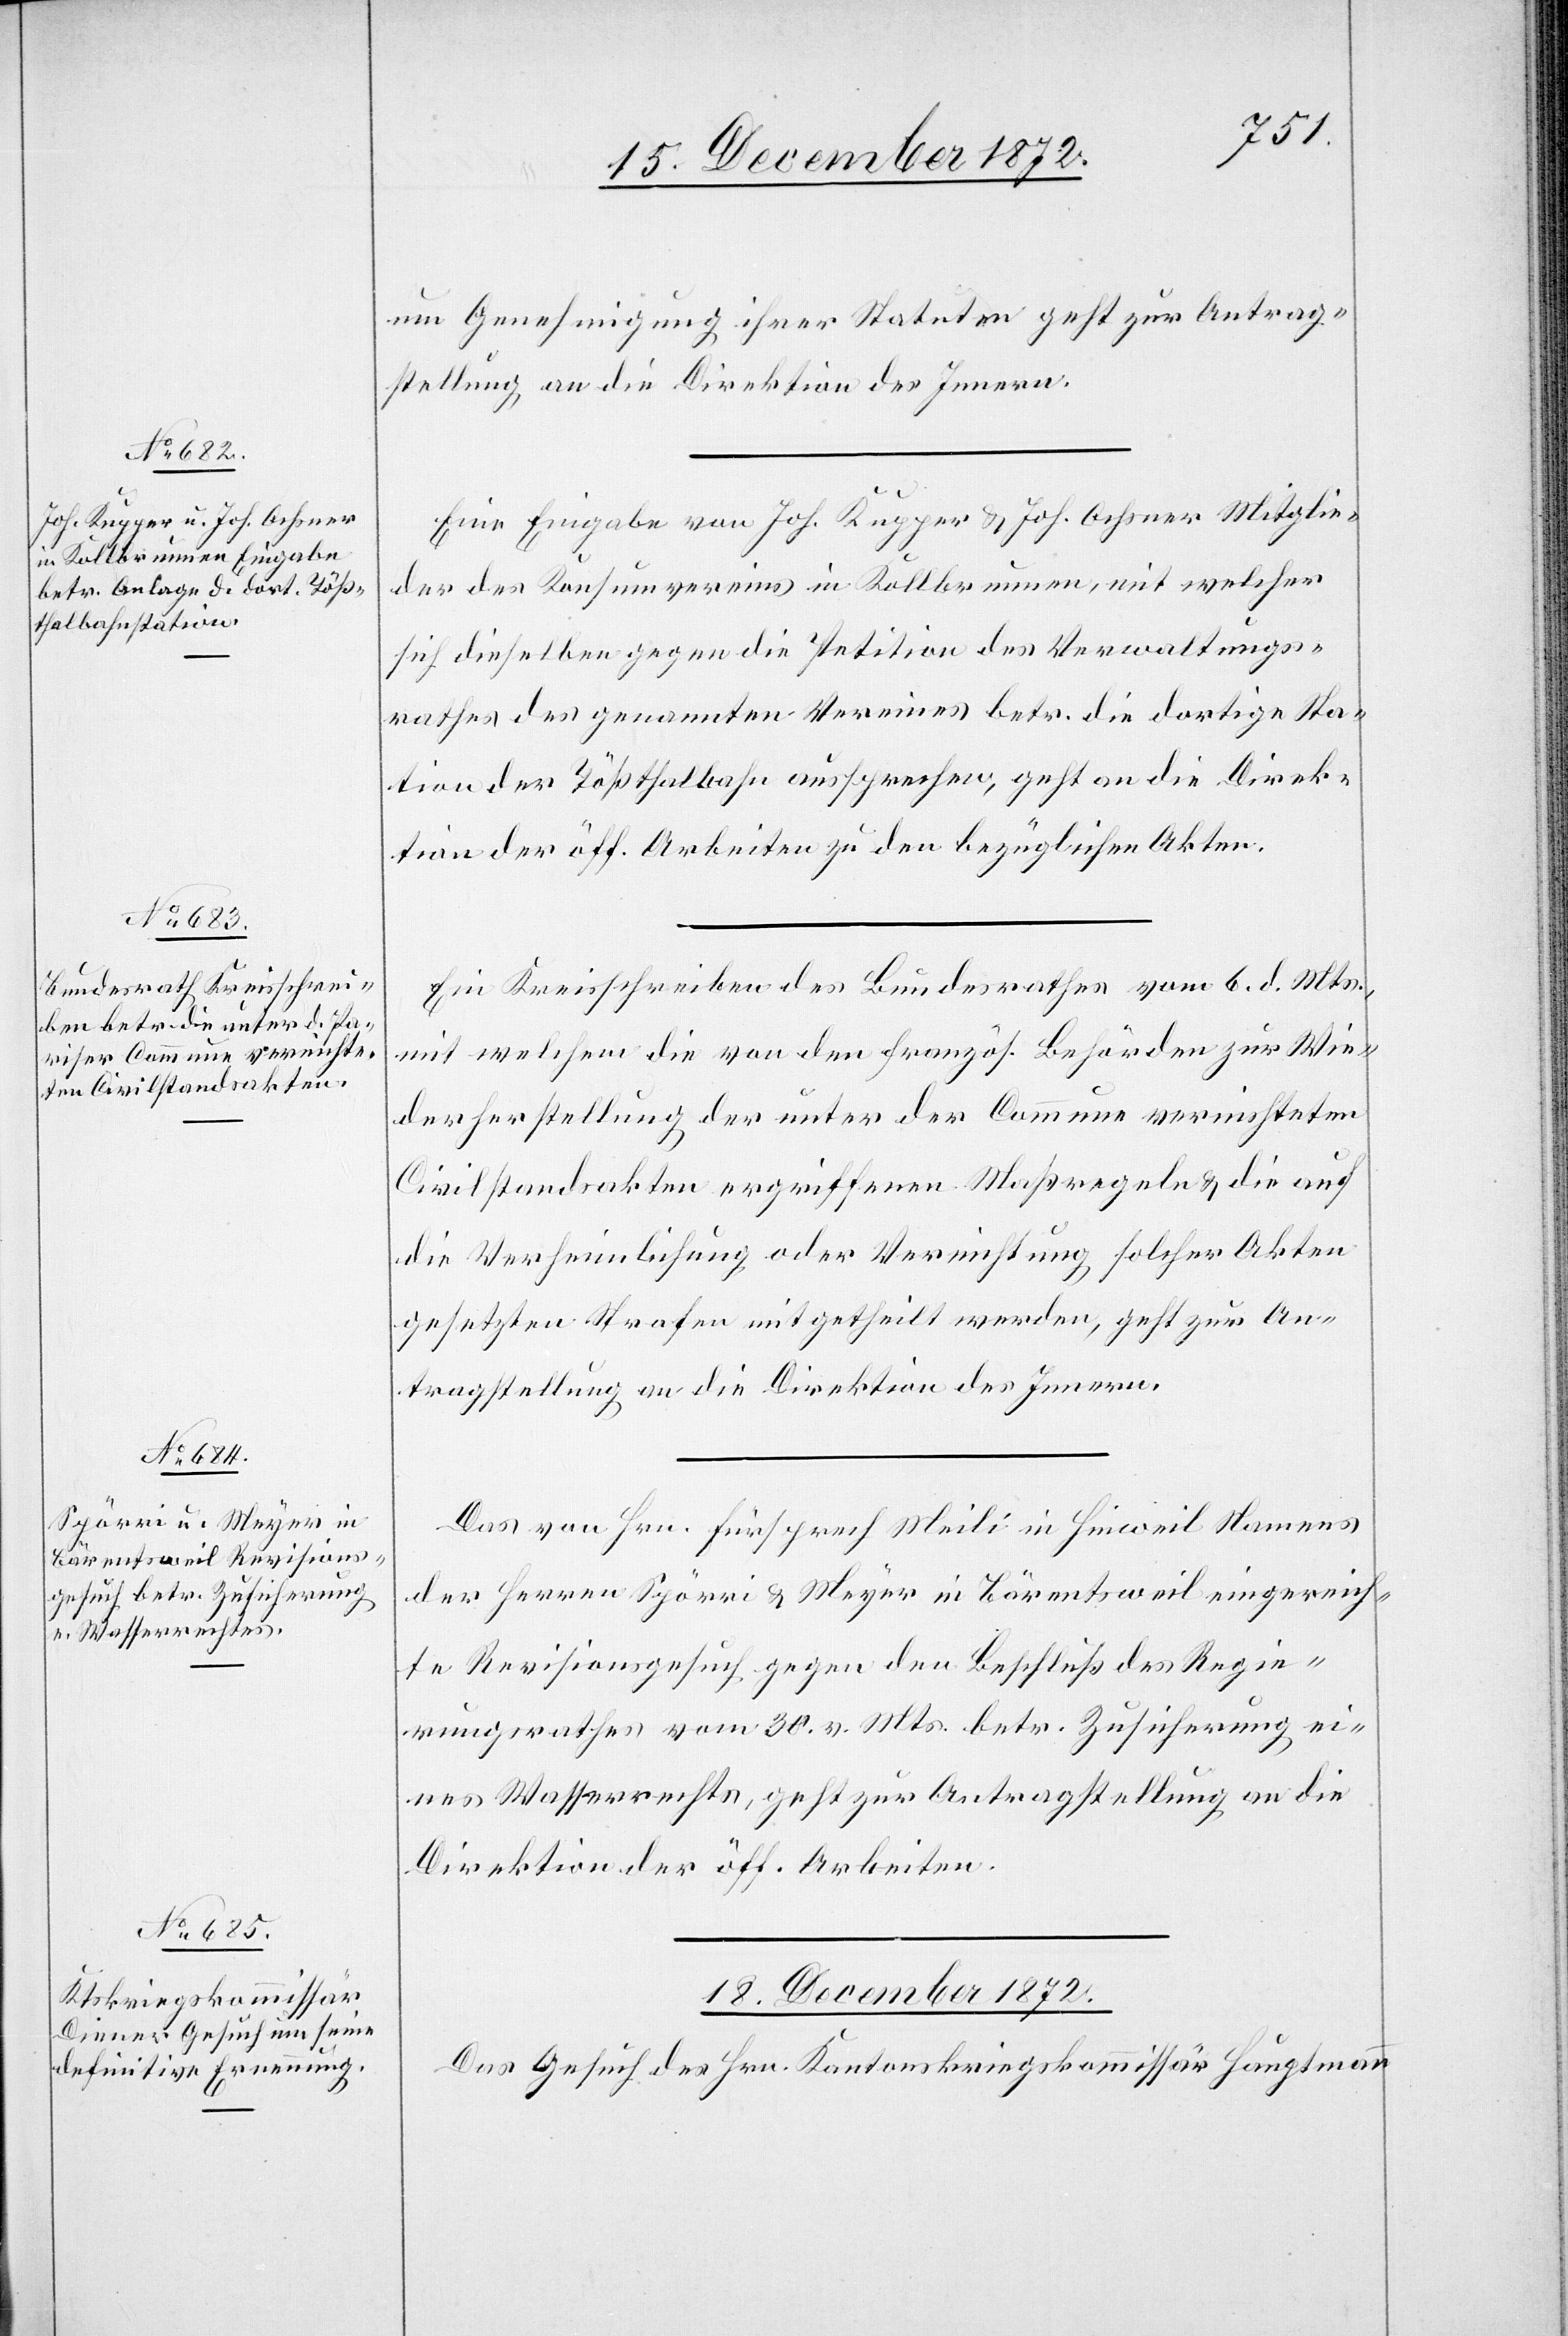
18. December 1872.
um Genehmigung ihrer Statuten geht zur Antrag¬
stellung an die Direktion des Innern.
Eine Eingabe von Joh. Kupper u. Joh. Ochsner Mitglie¬
der des Konsumvereins in Kollbrunnen, mit welcher
sich dieselbe gegen die Petition des Verwaltungs¬
rathes des genannten Vereins betr. die dortige Sta¬
tion der Tößthalbahn aussprechen, geht an die Direk¬
tion der öff. Arbeiten zu den bezüglichen Akten.
Ein Kreisschreiben des Bundesrathes vom 6. d. Mts.,
mit welchem die von den französ. Behörden zur Wie¬
derherstellung der unter der Commune vernichteten
Civilstandsakten ergriffenen Maßregeln u. die auf
die Verheimlichung oder Vernichtung solcher Akten
gesetzten Strafen mitgetheilt werden, geht zur An¬
tragstellung an die Direktion des Innern.
Das von Hrn. Fürsprech Meili in Hinweil Namens
der Herren Spörri u. Meyer in Bärentsweil eingereich¬
te Revisionsgesuch gegen den Beschluß des Regie¬
rungsrathes vom 30. v. Mts. betr. Zusicherung ei¬
nes Wasserrechts, geht zur Antragstellung an die
Direktion der öff. Arbeiten.
Das Gesuch des Hrn. Kantonskriegskommissär Hauptmann